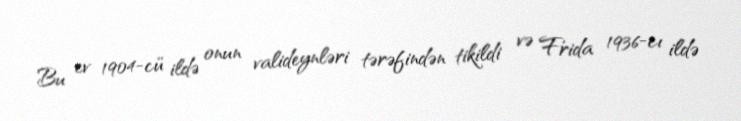
Bu ev 1904-cü ildə onun valideynləri tərəfindən tikildi və Frida 1936-cı ildə